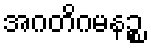
အဂတိဂမနဉ္စ